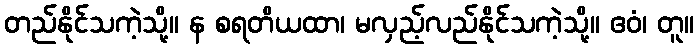
တည်နိုင်သကဲ့သို့။ န စရတိယထာ၊ မလှည့်လည်နိုင်သကဲ့သို့။ ဧဝံ၊ တူ။